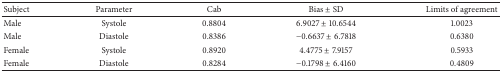
<table><thead><tr><td><b> Subject</b></td><td><b> Parameter</b></td><td><b> Cab </b></td><td><b> Bias ± SD </b></td><td><b> Limits of agreement</b></td></tr></thead><tbody><tr><td> Male</td><td> Systole</td><td> 0.8804 </td><td> 6.9027 ± 10.6544 </td><td> 1.0023</td></tr><tr><td> Male </td><td> Diastole</td><td> 0.8386 </td><td> −0.6637 ± 6.7818 </td><td> 0.6380 </td></tr><tr><td> Female</td><td> Systole</td><td> 0.8920 </td><td> 4.4775 ± 7.9157</td><td> 0.5933 </td></tr><tr><td> Female</td><td> Diastole</td><td> 0.8284 </td><td>−0.1798 ± 6.4160 </td><td> 0.4809 </td></tr></tbody></table>